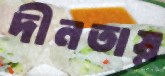
দীনতায়